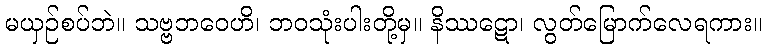
မယှဉ်စပ်ဘဲ။ သဗ္ဗဘဝေဟိ၊ ဘဝသုံးပါးတို့မှ။ နိဿဋော၊ လွတ်မြောက်လေရကား။